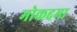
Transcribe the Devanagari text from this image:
मोकद्दमा